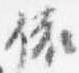
依